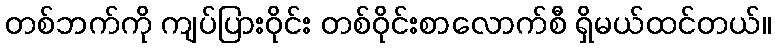
တစ်ဘက်ကို ကျပ်ပြားဝိုင်း တစ်ဝိုင်းစာလောက်စီ ရှိမယ်ထင်တယ်။